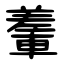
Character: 䡨